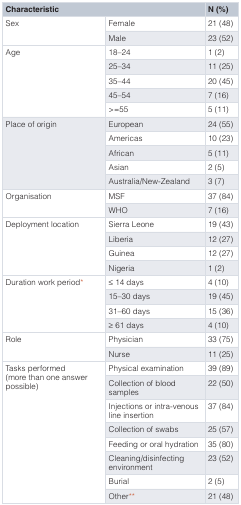
| <COLSPAN=2> Characteristic | N (%) |
 | --- | --- | --- |
 | <ROWSPAN=2> Sex | Female | 21 (48) |
 | Male | 23 (52) |
 | <ROWSPAN=5> Age | 18–24 | 1 (2) |
 | 25–34 | 11 (25) |
 | 35–44 | 20 (45) |
 | 45–54 | 7 (16) |
 | >=55 | 5 (11) |
 | <ROWSPAN=5> Place of origin | European | 24 (55) |
 | Americas | 10 (23) |
 | African | 5 (11) |
 | Asian | 2 (5) |
 | Australia/New-Zealand | 3 (7) |
 | <ROWSPAN=2> Organisation | MSF | 37 (84) |
 | WHO | 7 (16) |
 | <ROWSPAN=4> Deployment location | Sierra Leone | 19 (43) |
 | Liberia | 12 (27) |
 | Guinea | 12 (27) |
 | Nigeria | 1 (2) |
 | <ROWSPAN=4> Duration work period* | ≤ 14 days | 4 (10) |
 | 15–30 days | 19 (45) |
 | 31–60 days | 15 (36) |
 | ≥ 61 days | 4 (10) |
 | <ROWSPAN=2> Role | Physician | 33 (75) |
 | Nurse | 11 (25) |
 | <ROWSPAN=8> Tasks performed(more than one answer possible) | Physical examination | 39 (89) |
 | Collection of bloodsamples | 22 (50) |
 | Injections or intra-venousline insertion | 37 (84) |
 | Collection of swabs | 25 (57) |
 | Feeding or oral hydration | 35 (80) |
 | Cleaning/disinfectingenvironment | 23 (52) |
 | Burial | 2 (5) |
 | Other** | 21 (48) |